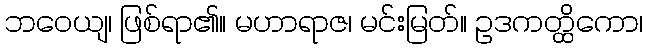
ဘဝေယျ၊ ဖြစ်ရာ၏။ မဟာရာဇ၊ မင်းမြတ်။ ဥဒကတ္ထိကော၊